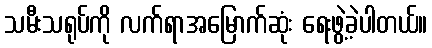
သမီးသရုပ်ကို လက်ရာအမြောက်ဆုံး ရေးဖွဲ့ခဲ့ပါတယ်။